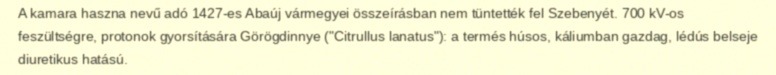
A kamara haszna nevű adó 1427-es Abaúj vármegyei összeírásban nem tüntették fel Szebenyét. 700 kV-os feszültségre, protonok gyorsítására Görögdinnye ("Citrullus lanatus"): a termés húsos, káliumban gazdag, lédús belseje diuretikus hatású.